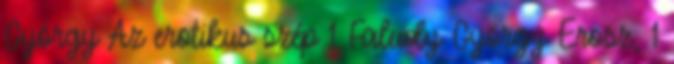
György Az erotikus szép 1 Faludy György Erosz, 1